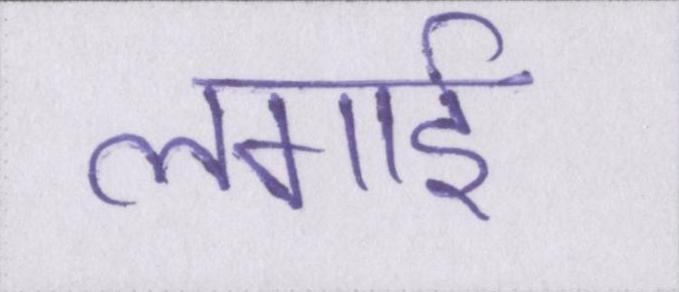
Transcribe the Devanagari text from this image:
लगाई